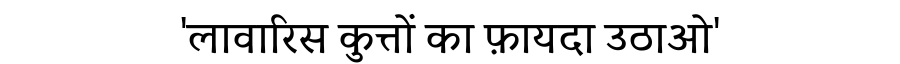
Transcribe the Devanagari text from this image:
'लावारिस कुत्तों का फ़ायदा उठाओ'